Veterinary regulations India, 1939 -
Year: 1939
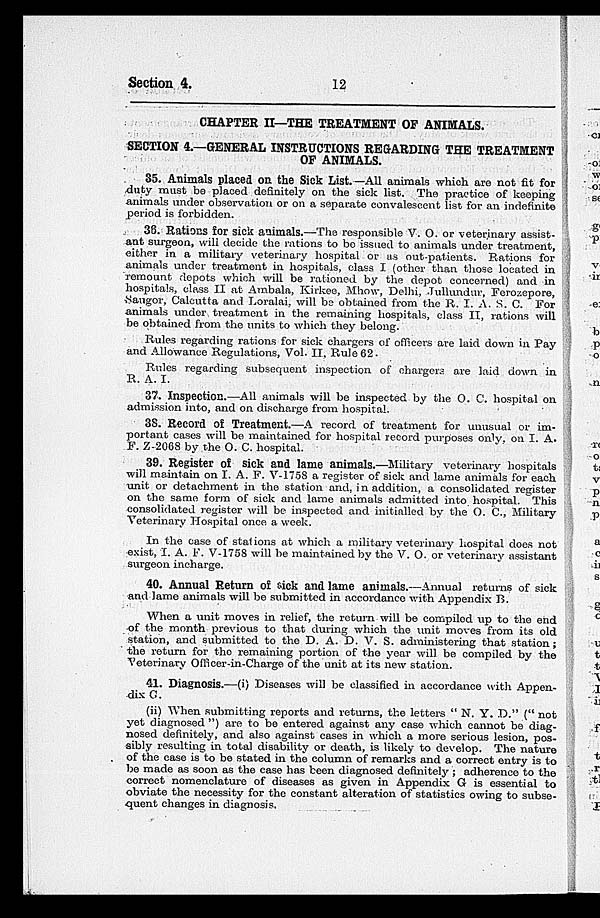
Section 4.
12
CHAPTER II—THE TREATMENT OF ANIMALS.
SECTION 4.—GENERAL INSTRUCTIONS REGARDING THE TREATMENT
OF ANIMALS.
35. Animals placed on the Sick List.—All animals which are not fit for
duty must be placed definitely on the sick list. The practice of keeping
animals under observation or on a separate convalescent list for an indefinite
period is forbidden.
36. Rations for sick animals.—The responsible V. O. or veterinary assist-
ant surgeon, will decide the rations to be issued to animals under treatment,
either in a military veterinary hospital or as out-patients. Rations for
animals under treatment in hospitals, class I (other than those located in
remount depots which will be rationed by the depot concerned) and in
hospitals, class II at Ambala, Kirkee, Mhow, Delhi, Jullundur, Ferozepore,
Saugor, Calcutta and Loralai, will be obtained from the R. I. A. S. C. For
animals under treatment in the remaining hospitals, class II, rations will
be obtained from the units to which they belong.
Rules regarding rations for sick chargers of officers are laid down in Pay
and Allowance Regulations, Vol. II, Rule 62.
Rules regarding subsequent inspection of chargers are laid down in
R. A. I.
37. Inspection.—All animals will be inspected by the O. C. hospital on
admission into, and on discharge from hospital.
38. Record of Treatment.—A record of treatment for unusual or im-
portant cases will be maintained for hospital record purposes only, on I. A.
F. Z-2068 by the O. C. hospital.
39. Register of Sick and lame animals.—Military veterinary hospitals
will maintain on I. A. F. V-1758 a register of sick and lame animals for each
unit or detachment in the station and in addition, a consolidated register
on the same form of sick and lame animals admitted into hospital. This
consolidated register will be inspected and initialled by the O. C., Military
Veterinary Hospital once a week.
In the case of stations at which a military veterinary hospital does not
exist, I. A. F. V-1758 will be maintained by the V. O. or veterinary assistant
surgeon incharge.
40. Annual Return of sick and lame animals.—Annual returns of sick
and lame animals will be submitted in accordance with Appendix B.
When a unit moves in relief, the return will be compiled up to the end
of the month previous to that during which the unit moves from its old
station, and submitted to the D. A. D. V. S. administering that station;
the return for the remaining portion of the year will be compiled by the
Veterinary Officer-in-Charge of the unit at its new station.
41. Diagnosis.—(i) Diseases will be classified in accordance with Appen-
dix G.
(ii) When submitting reports and returns, the letters " N. Y. D." (" not
yet diagnosed ") are to be entered against any case which cannot be diag-
nosed definitely, and also against cases in which a more serious lesion, pos-
sibly resulting in total disability or death, is likely to develop. The nature
of the case is to be stated in the column of remarks and a correct entry is to
be made as soon as the case has been diagnosed definitely ; adherence to the
correct nomenclature of diseases as given in Appendix G is essential to
obviate the necessity for the constant alteration of statistics owing to subse-
quent changes in diagnosis.